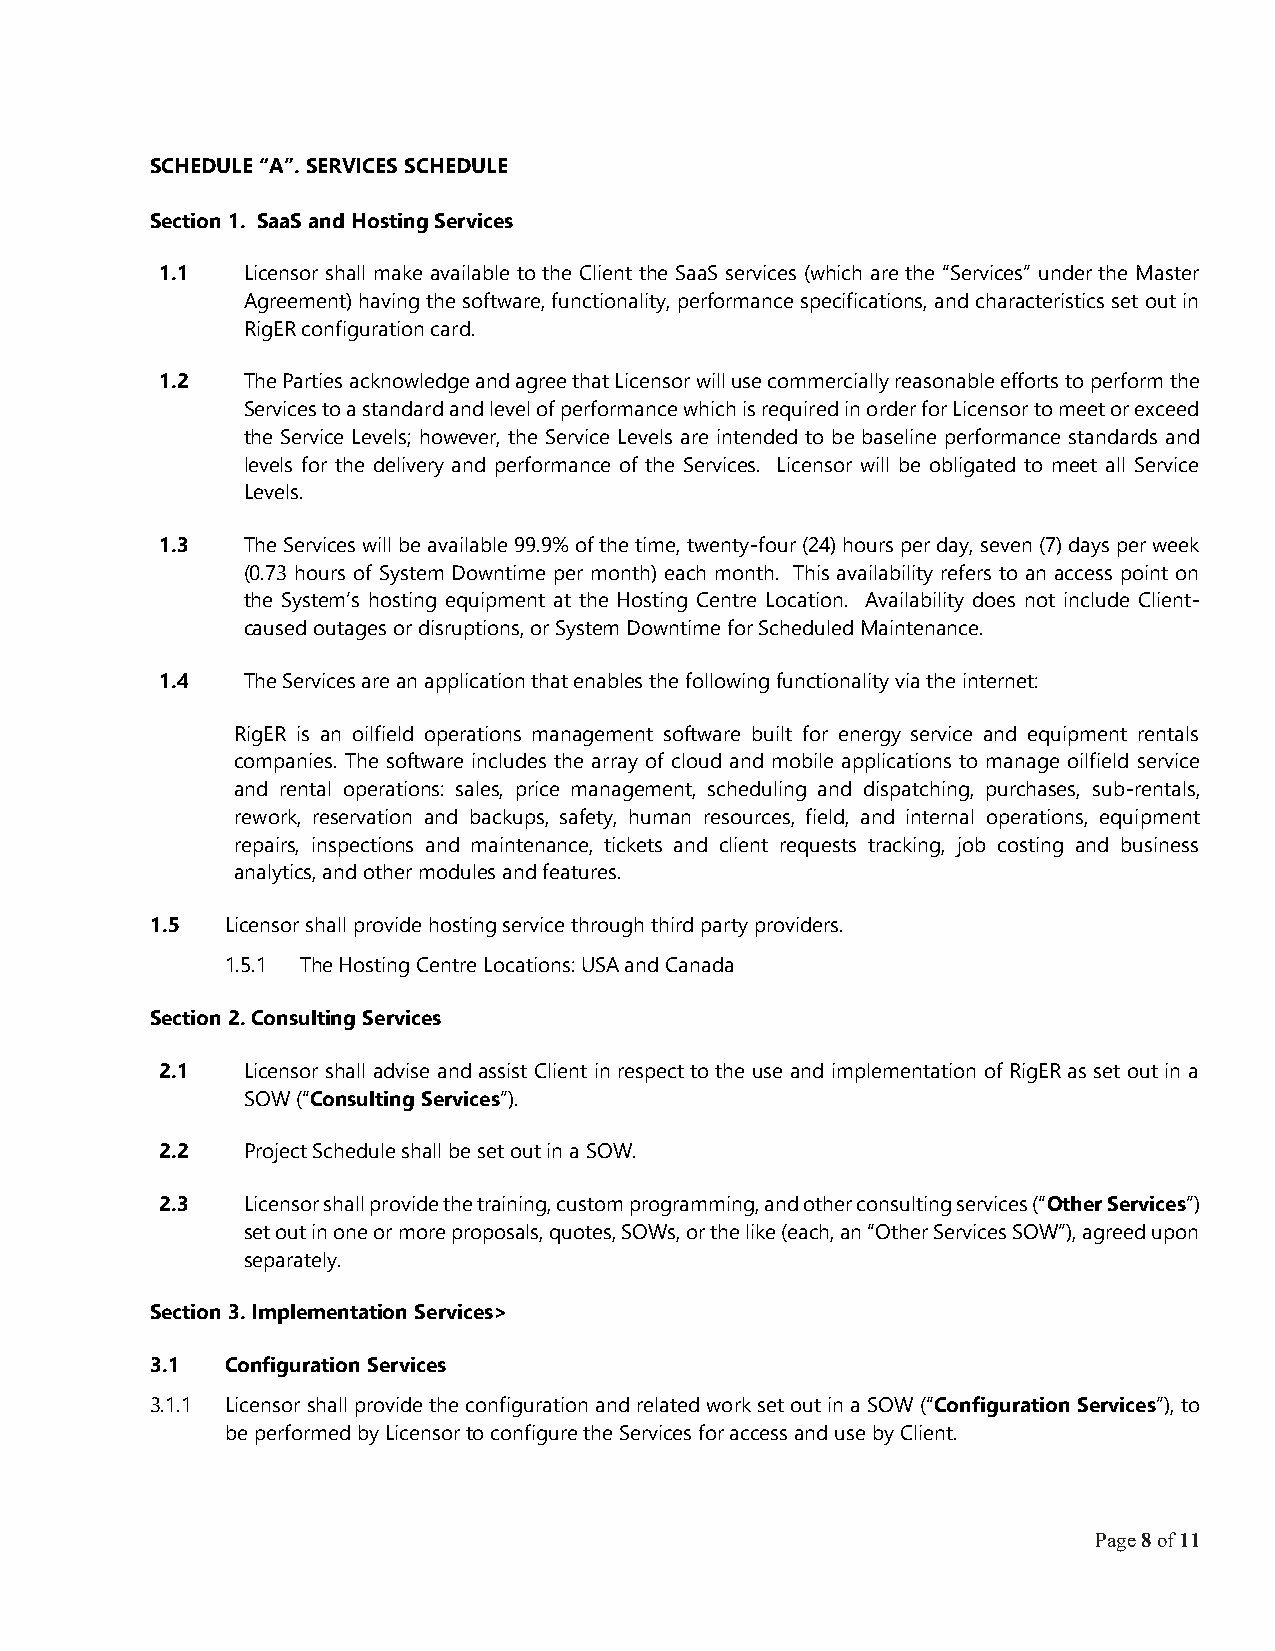
SCHEDULE “A”. SERVICES SCHEDULE
 Section 1. SaaS and Hosting Services
 1.1  Licensor shall make available to the Client the SaaS services (which are the “Services” under the Master
 Agreement) having the software, functionality, performance specifications, and characteristics set out in
 RigER configuration card.
 1.2  The Parties acknowledge and agree that Licensor will use commercially reasonable efforts to perform the
 Services to a standard and level of performance which is required in order for Licensor to meet or exceed
 the Service Levels; however, the Service Levels are intended to be baseline performance standards and
 levels for the delivery and performance of the Services. Licensor will be obligated to meet all Service
 Levels.
 1.3  The Services will be available 99.9% of the time, twenty-four (24) hours per day, seven (7) days per week
 (0.73 hours of System Downtime per month) each month. This availability refers to an access point on
 the System’s hosting equipment at the Hosting Centre Location. Availability does not include Client-
 caused outages or disruptions, or System Downtime for Scheduled Maintenance.
 1.4  The Services are an application that enables the following functionality via the internet:
 RigER is an oilfield operations management software built for energy service and equipment rentals
 companies. The software includes the array of cloud and mobile applications to manage oilfield service
 and rental operations: sales, price management, scheduling and dispatching, purchases, sub-rentals,
 rework, reservation and backups, safety, human resources, field, and internal operations, equipment
 repairs, inspections and maintenance, tickets and client requests tracking, job costing and business
 analytics, and other modules and features.
 1.5  Licensor shall provide hosting service through third party providers.
 1.5.1 The Hosting Centre Locations: USA and Canada
 Section 2. Consulting Services
 2.1  Licensor shall advise and assist Client in respect to the use and implementation of RigER as set out in a
 SOW (“Consulting Services”).
 2.2  Project Schedule shall be set out in a SOW.
 2.3  Licensor shall provide the training, custom programming, and other consulting services (“Other Services”)
 set out in one or more proposals, quotes, SOWs, or the like (each, an “Other Services SOW”), agreed upon
 separately.
 Section 3. Implementation Services>
 3.1  Configuration Services
 3.1.1 Licensor shall provide the configuration and related work set out in a SOW (“Configuration Services”), to
 be performed by Licensor to configure the Services for access and use by Client.
 Page 8 of 11